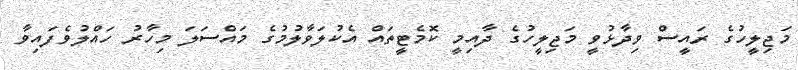
މަޖިލީހުގެ ރައީސް ވިދާޅުވީ މަޖިލީހުގެ ދާއިމީ ކޮމެޓީތައް އެކުލަވާލުމުގެ މައްސަލަ މިހާރު ހައްލުވެފައިވާ